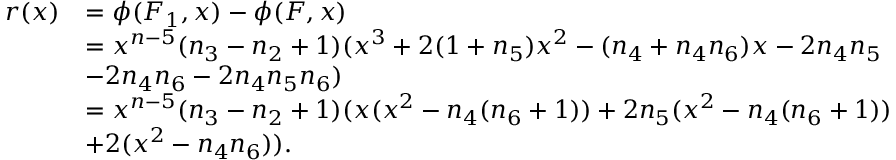
\begin{array} { r l } { r ( x ) } & { = \phi ( F _ { 1 } , x ) - \phi ( F , x ) } \\ & { = x ^ { n - 5 } ( n _ { 3 } - n _ { 2 } + 1 ) ( x ^ { 3 } + 2 ( 1 + n _ { 5 } ) x ^ { 2 } - ( n _ { 4 } + n _ { 4 } n _ { 6 } ) x - 2 n _ { 4 } n _ { 5 } } \\ & { - 2 n _ { 4 } n _ { 6 } - 2 n _ { 4 } n _ { 5 } n _ { 6 } ) } \\ & { = x ^ { n - 5 } ( n _ { 3 } - n _ { 2 } + 1 ) ( x ( x ^ { 2 } - n _ { 4 } ( n _ { 6 } + 1 ) ) + 2 n _ { 5 } ( x ^ { 2 } - n _ { 4 } ( n _ { 6 } + 1 ) ) } \\ & { + 2 ( x ^ { 2 } - n _ { 4 } n _ { 6 } ) ) . } \end{array}